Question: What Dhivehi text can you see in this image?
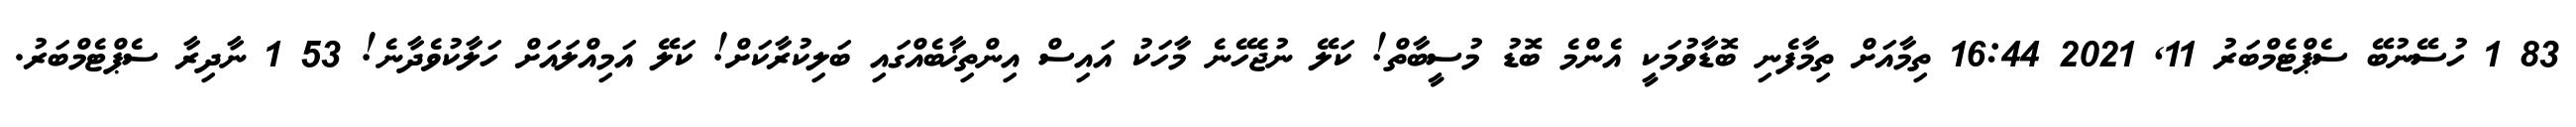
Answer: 83 1 ހުސޭނުބޭ ސެޕްޓެމްބަރު 11, 2021 16:44 ތިމާއަށް ތިމާފެނި ބޮޑާވުމަކީ އެންމެ ބޮޑު މުސީބާތް! ކަލޭ ނުޖެހޭނެ މާހަކު އައިސް އިންތިޚާބެއްގައި ބަލިކުރާކަށް! ކަލޭ އަމިއްލައަށް ހަލާކުވެދާނެ! 53 1 ނާދިރާ ސެޕްޓެމްބަރު.